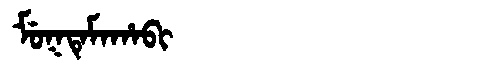
Manchu: ᠮᡠᡴᡨᡝᠮᠠᡥᠠᠪᡳ
Romanization: MUKTEMAHABI